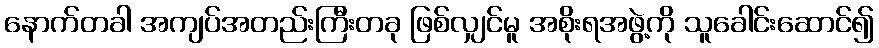
နောက်တခါ အကျပ်အတည်းကြီးတခု ဖြစ်လျှင်မူ အစိုးရအဖွဲ့ကို သူခေါင်းဆောင်၍